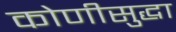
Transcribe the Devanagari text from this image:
कोणीसुद्धा